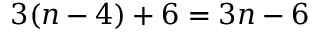
3 ( n - 4 ) + 6 = 3 n - 6